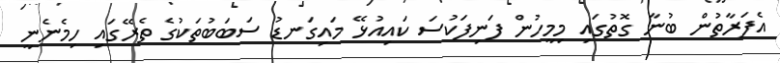
އެފަރާތުން ބުނާ ގޮތުގައި މިމީހުން ފަނިފަކުސަ ކައިއުޅޭ މައިގަނޑު ސަބަބުތަކުގެ ތެރޭގައި ހިމެނެނީ